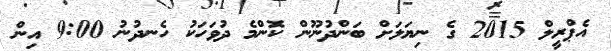
އެޕްރީލް 2015 ގެ ނިޔަލަށް ބަންދުނޫން ކޮންމެ ދުވަހަކު ހެނދުނު 9:00 އިން